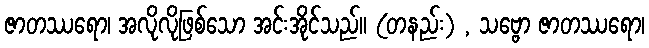
ဇာတဿရော၊ အလိုလိုဖြစ်သော အင်းအိုင်သည်။ (တနည်း) , သဗ္ဗော ဇာတဿရော၊